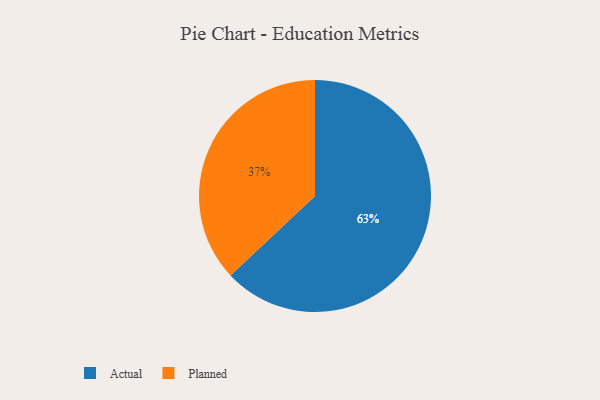
{"axis": {"x": "Category", "y": "Percentage"}, "legend": ["Actual", "Planned"], "data": [{"x": "Planned", "y": 37, "type": "Planned"}, {"x": "Actual", "y": 63, "type": "Actual"}]}